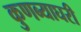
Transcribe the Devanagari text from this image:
कुणब्याघरी